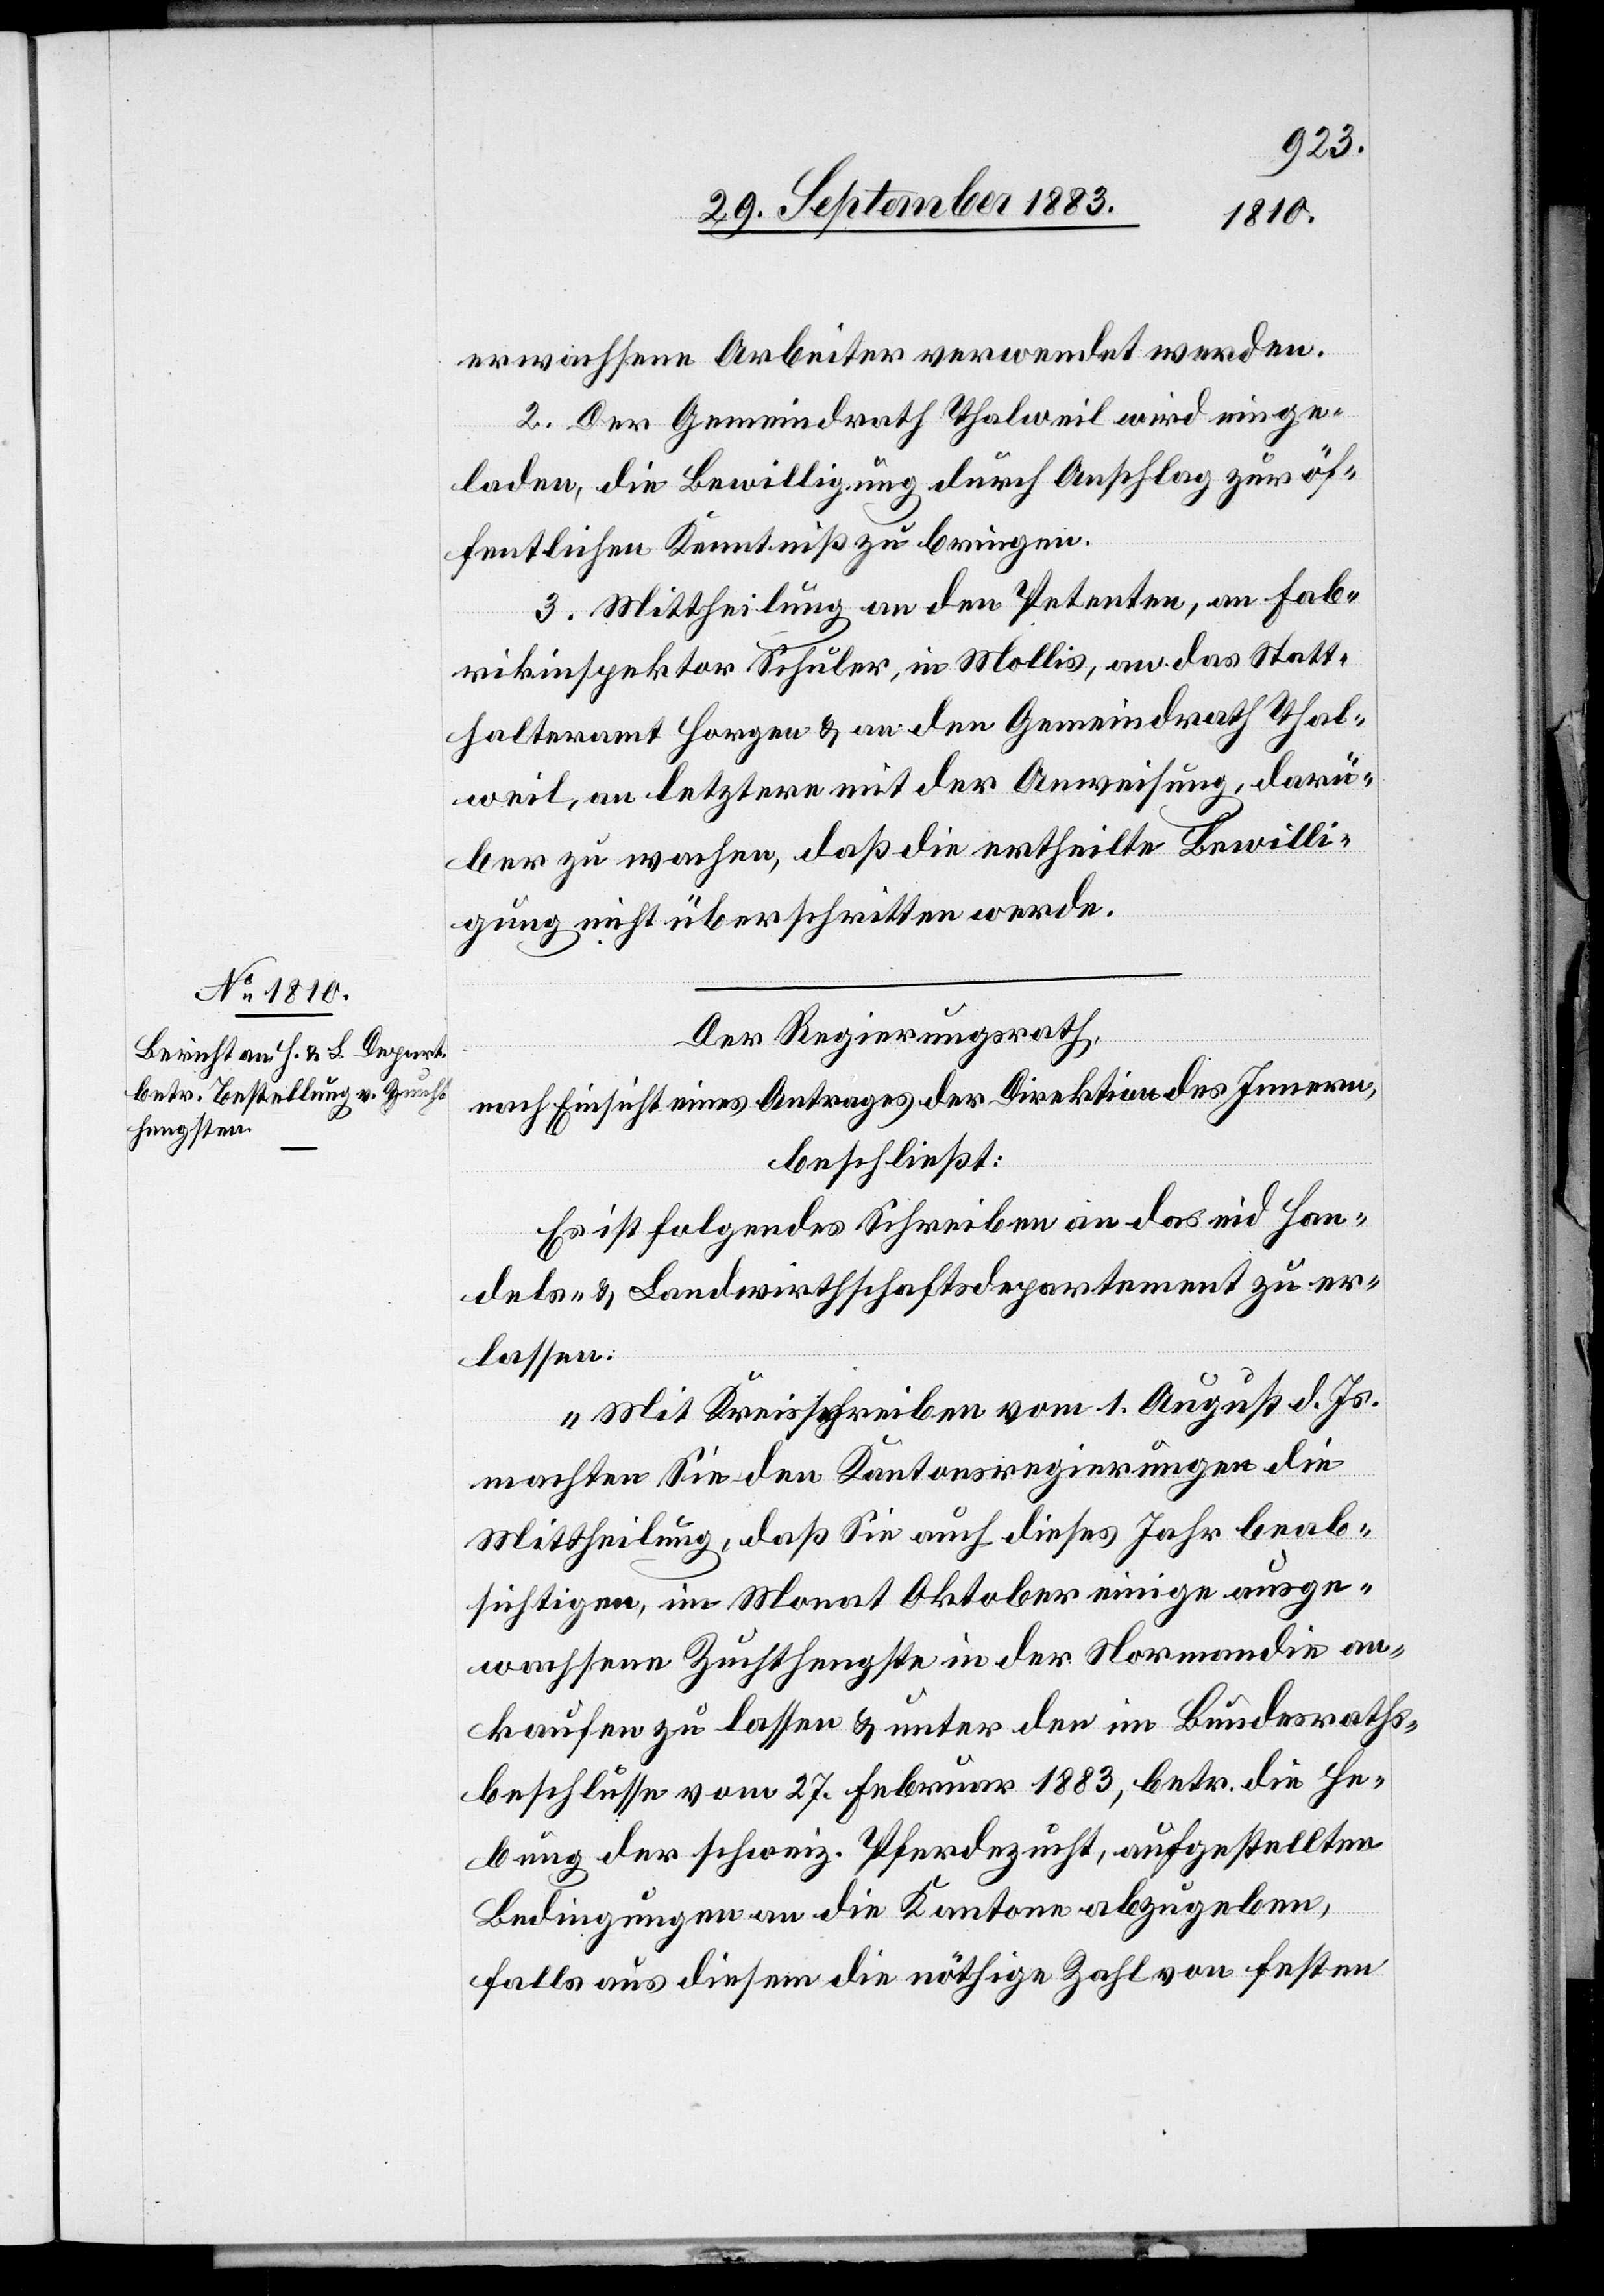
erwachsene Arbeiter verwendet werden.
2. Der Gemeindrath Thalweil wird einge¬
laden, die Bewilligung durch Anschlag zur öf¬
fentlichen Kenntniß zu bringen.
3. Mittheilung an den Petenten, an Fab¬
rikinspektor Schuler, in Mollis, an das Statt¬
halteramt Horgen & an den Gemeindrath Thal¬
weil, an letztere mit der Anweisung, darü¬
ber zu wachen, daß die ertheilte Bewilli¬
gung nicht überschritten werde.
Der Regierungsrath,
nach Einsicht eines Antrages der Direktion des Innern,
beschließt:
Es ist folgendes Schreiben an das eid. Han¬
dels- & Landwirthschaftsdepartement zu er¬
lassen:
„Mit Kreisschreiben vom 1. August d. Js.
machten Sie den Kantonsregierungen die
Mittheilung, daß Sie auch dieses Jahr beab¬
sichtigen, im Monat Oktober einige ausge¬
wachsene Zuchthengste in der Normandie an¬
kaufen zu lassen & unter den im Bundesraths¬
beschlusse vom 27. Februar 1883, betr. die He¬
bung der schweiz. Pferdezucht, aufgestellten
Bedingungen an die Kantone abzugeben,